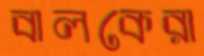
বালকেরা